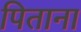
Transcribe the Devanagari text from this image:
पिताना